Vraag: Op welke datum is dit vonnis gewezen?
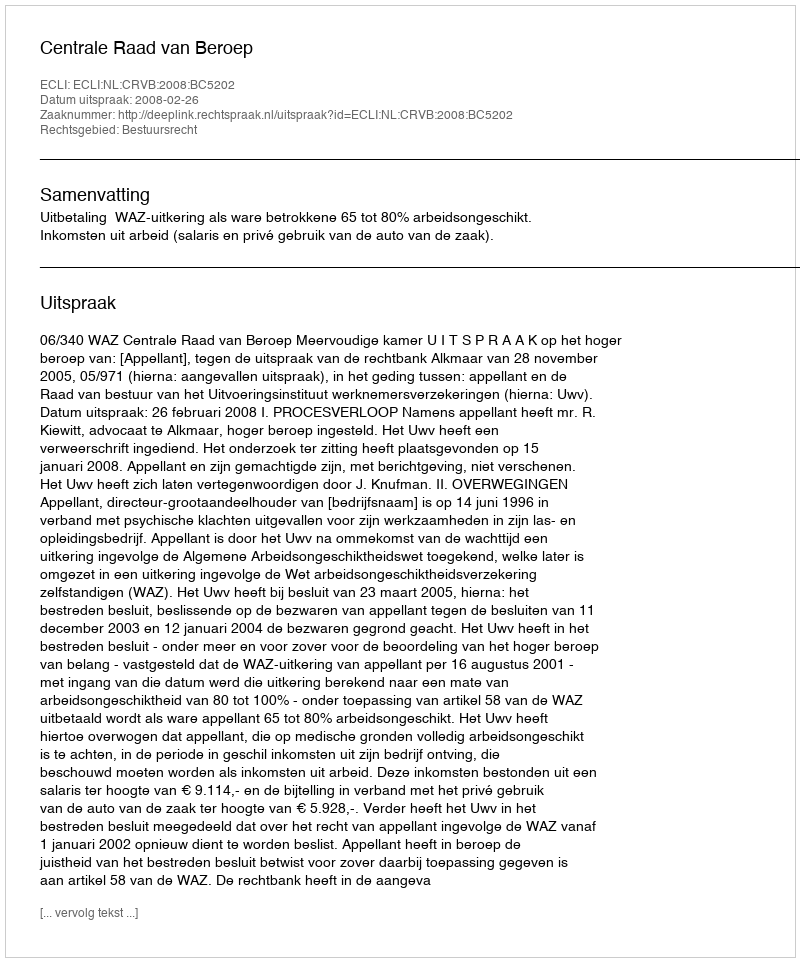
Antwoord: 2008-02-26